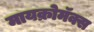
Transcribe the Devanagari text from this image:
मायक्रोमॅक्स